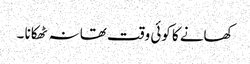
کھانے کا کوئی وقت تھا نہ ٹھکانا ۔